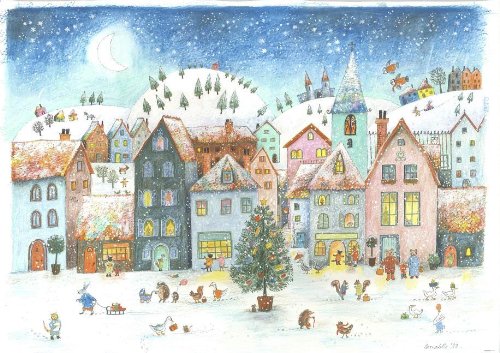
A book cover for Wintervillage Advent Calendar; Bernadette; Calendars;